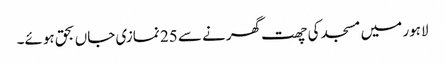
لاہور میں مسجد کی چھت گھرنے سے 25 نمازی جاں بحق ہوئے۔